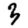
Digit: 3